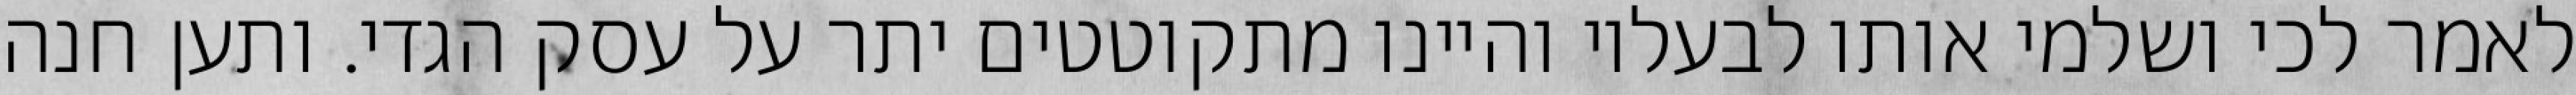
לאמר לכי ושלמי אותו לבעליו והיינו מתקוטטים יתר על עסק הגדי. ותען חנה